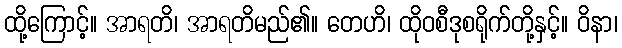
ထို့ကြောင့်။ အာရတိ၊ အာရတိမည်၏။ တေဟိ၊ ထိုဝစီဒုစရိုက်တို့နှင့်။ ဝိနာ၊